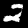
Label: 2